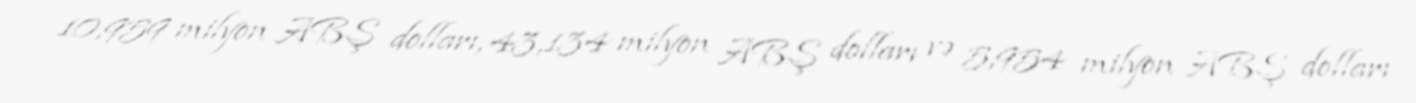
10,959 milyon ABŞ dolları, 43,134 milyon ABŞ dolları və 5,954 milyon ABŞ dolları